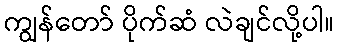
ကျွန်တော် ပိုက်ဆံ လဲချင်လို့ပါ။